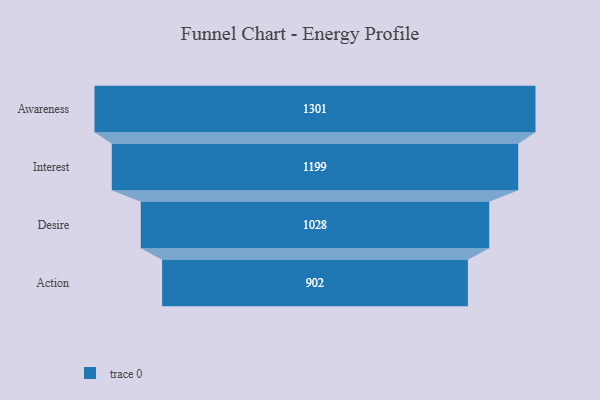
{"axis": {"x": "Stage", "y": "Value"}, "legend": [""], "data": [{"x": "Awareness", "y": 1301.0, "type": ""}, {"x": "Interest", "y": 1199.0, "type": ""}, {"x": "Desire", "y": 1028.0, "type": ""}, {"x": "Action", "y": 902.0, "type": ""}]}